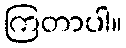
ကြတာပါ။